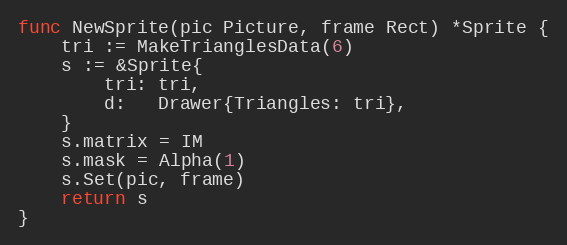
Language: Go
func NewSprite(pic Picture, frame Rect) *Sprite {
	tri := MakeTrianglesData(6)
	s := &Sprite{
		tri: tri,
		d:   Drawer{Triangles: tri},
	}
	s.matrix = IM
	s.mask = Alpha(1)
	s.Set(pic, frame)
	return s
}